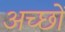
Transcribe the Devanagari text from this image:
अच्छों